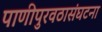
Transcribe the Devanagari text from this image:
पाणीपुरवठासंघटना